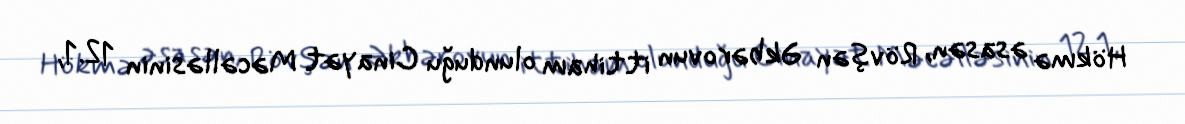
Hökmə əsasən, Rövşən Əkbərovun ittiham olunduğu Cinayət Məcəlləsinin 12.1,